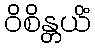
ဝိစိန္တယိံ